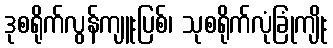
ဒုစရိုက်လွန်ကျူးပြစ်၊ သုစရိုက်လုံခြုံကျိုး